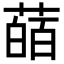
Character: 䔤